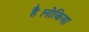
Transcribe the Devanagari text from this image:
है।नोकिया